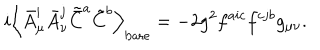
LaTeX: i \left< \bar { A } _ { \mu } ^ { i } \bar { A } _ { \nu } ^ { j } \tilde { \bar { C } } ^ { a } \tilde { C } ^ { b } \right> _ { \mathrm { b a r e } } = - 2 g ^ { 2 } f ^ { a i c } f ^ { c j b } g _ { \mu \nu } .